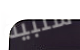
سلبية